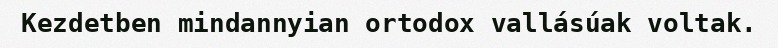
Kezdetben mindannyian ortodox vallásúak voltak.